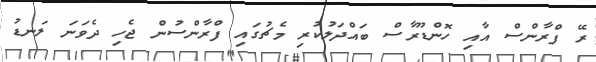
ރޭ ފްރާންސް އާއި ހޮންޑޫރާސް ބައްދަލުކުރި މެޗުގައި ފްރާންސުން ޖެހި ދެވަނަ ލަނޑު